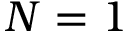
N = 1